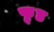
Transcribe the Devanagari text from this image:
फू़्ड